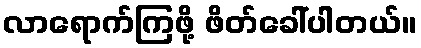
လာရောက်ကြဖို့ ဖိတ်ခေါ်ပါတယ်။